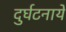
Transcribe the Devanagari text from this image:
दुर्घटनाये